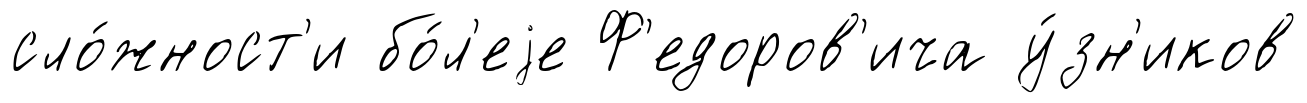
сло́жност'и бо́л'еjе Ф'едоров'ича у́зн'иков